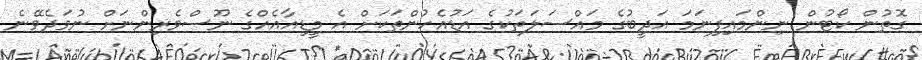
ގޮތުން ކޯޓުން ނިންމައިފިނަމަ އަދީބުގެ މައްސަލަތަކުގެ އަޑުއެހުންތަކަށް އެ މީޑިއާއެއްގެ ނޫސްވެރިންނަށް ނުވަދެވޭނެ